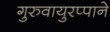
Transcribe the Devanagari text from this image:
गुरुवायुरप्पाने